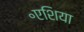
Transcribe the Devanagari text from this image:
॰एशिया